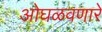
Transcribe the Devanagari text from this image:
ओघळवणारे